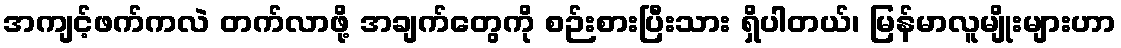
အကျင့်ဖက်ကလဲ တက်လာဖို့ အချက်တွေကို စဉ်းစားပြီးသား ရှိပါတယ်၊ မြန်မာလူမျိုးများဟာ